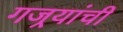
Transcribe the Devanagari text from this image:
गजर्‍यांची